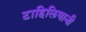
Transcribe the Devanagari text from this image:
टाहिलियानी